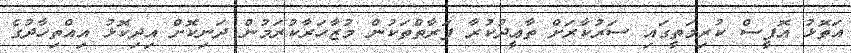
އަތޮޅު އޮފީސް ކުރިމަތީގައި ސަރުކާރަށް ތާޢީދުކުރާ ފަރާތްތަކުން މުޒާހަރާކުރަމުން ދަނިކޮށް އިދިކޮޅު އިއްތިހާދުގެ